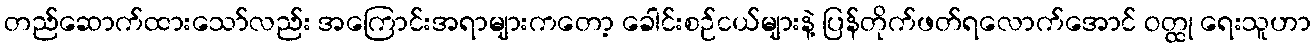
တည်ဆောက်ထားသော်လည်း အကြောင်းအရာများကတော့ ခေါင်းစဉ်ငယ်များနဲ့ ပြန်တိုက်ဖတ်ရလောက်အောင် ဝတ္ထု ရေးသူဟာ